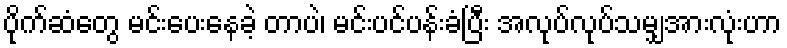
ပိုက်ဆံတွေ မင်းပေးနေခဲ့ တာပဲ၊ မင်းပင်ပန်းခံပြီး အလုပ်လုပ်သမျှအားလုံးဟာ